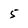
Character: 5